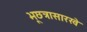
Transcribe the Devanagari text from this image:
भूछत्रासारखे